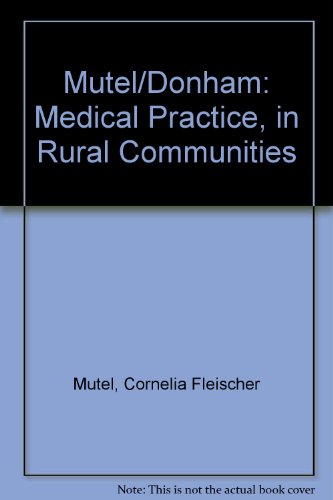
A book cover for Medical Practice in Rural Communities; MUTEL; Medical Books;